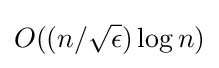
O((n/{\sqrt {\epsilon }})\log n)